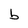
Character: b